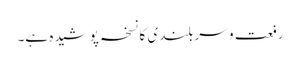
رفعت و سربلندی کا نسخہ پوشیدہ ہے۔